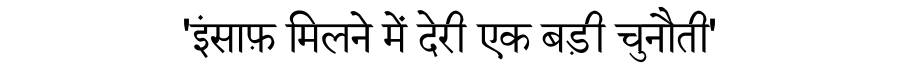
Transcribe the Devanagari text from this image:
'इंसाफ़ मिलने में देरी एक बड़ी चुनौती'